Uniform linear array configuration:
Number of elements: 24
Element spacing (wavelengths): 1
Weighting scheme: cosine
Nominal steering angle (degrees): -45
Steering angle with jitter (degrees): -45.039
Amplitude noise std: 0.05
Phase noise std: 0.05

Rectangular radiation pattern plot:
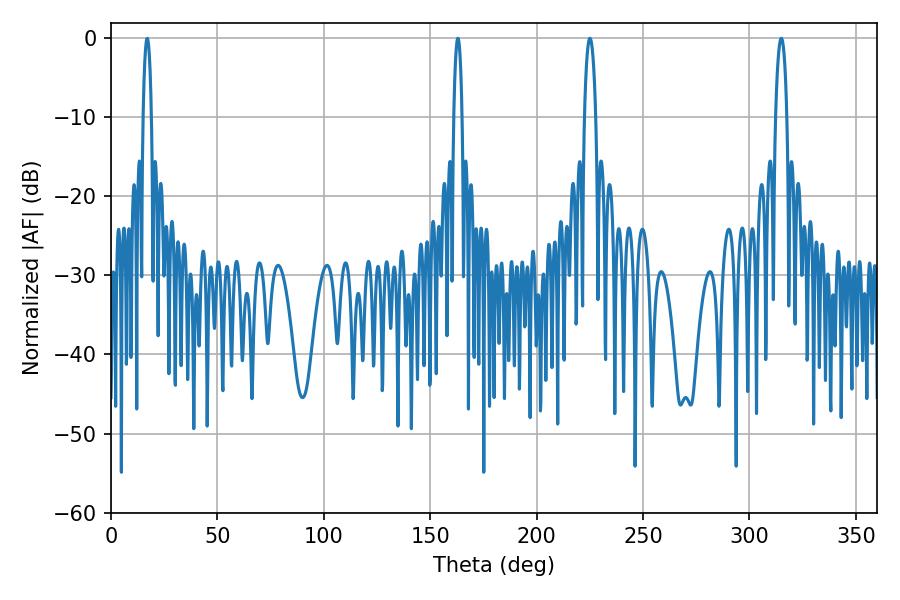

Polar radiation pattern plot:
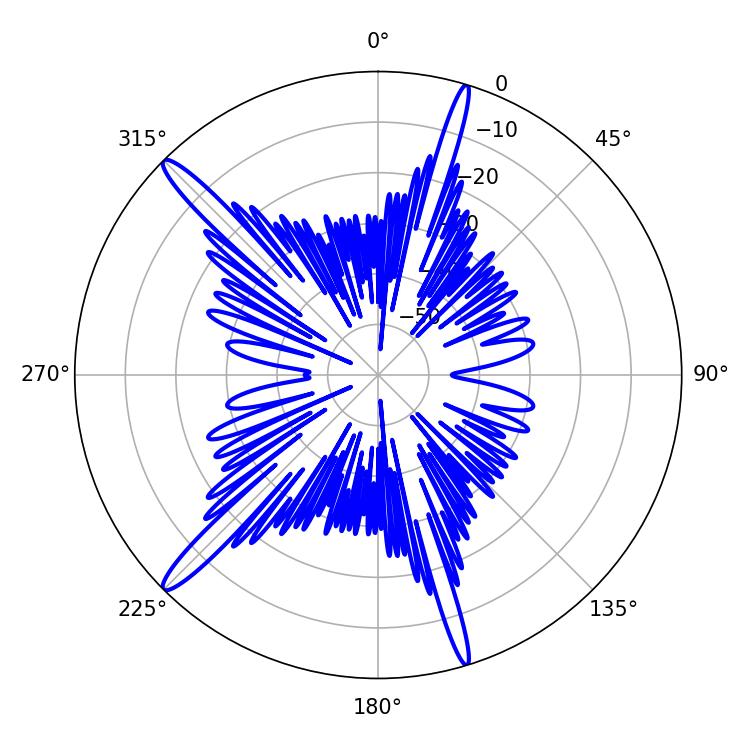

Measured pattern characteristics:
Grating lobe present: TRUE
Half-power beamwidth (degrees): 3.06
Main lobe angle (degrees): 225